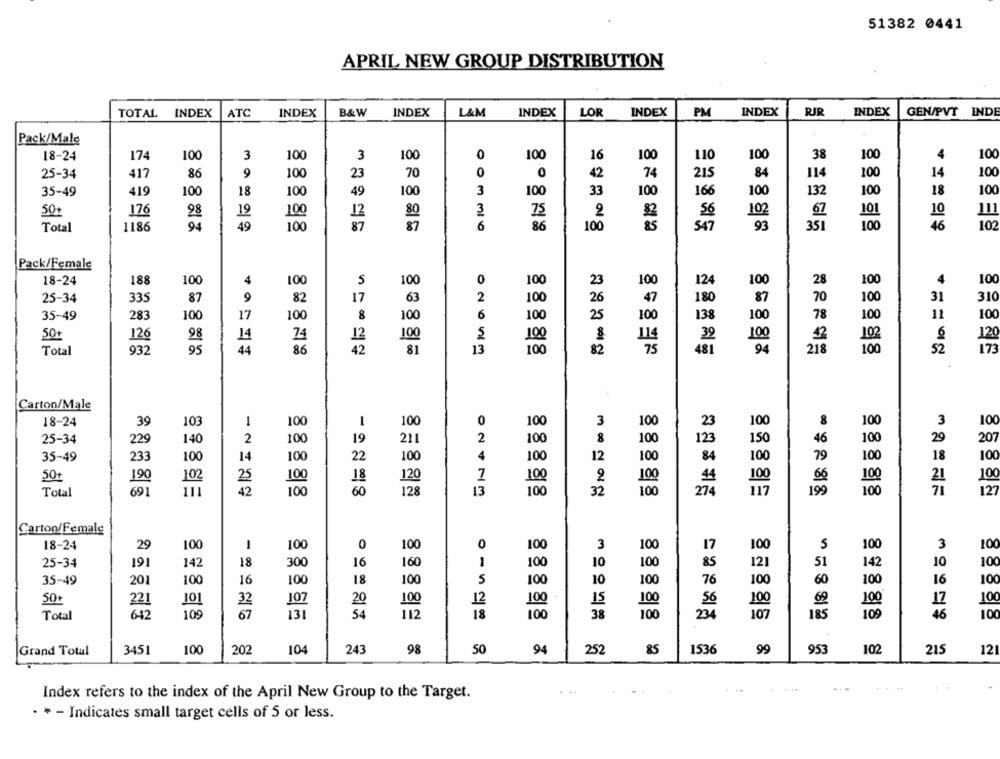
51382 0441
APRIL NEW GROUP DISTRIBUTION
TOTAL INDEX
ATC
INDEX
B&W
INDEX
L&M
INDEX
LOR
INDEX
PM
INDEX
RIR
INDEX
GEN/PVT INDE
Pack/Male
18-24
174
100
3
100
3
100
0
100
16
100
110
100
38
100
4
100
25-34
417
86
9
100
23
70
0
0
42
74
215
84
114
100
14
100
100
35-49
419
100
18
100
49
100
3
100
33
100
166
100
132
100
18
50+
176
98
19
100
3
75
2
102
67
101
10
111
12
56
Total
1186
94
49
100
6
86
100
85
547
93
351
100
46
102
Pack/Female
18-24
188
100
4
100
5
100
100
23
100
100
28
100
4
100
124
70
100
25-34
335
87
9
82
17
63
100
26
47
180
87
31
310
35-49
283
100
17
100
8
100
100
25
100
138
100
78
100
11
10
98
14
74
39
6
12
50t
126
12
100
100
100
102
Total
95
44
86
42
81
481
94
100
52
173
932
ONONIn
100
82
218
Carton/Male
18-24
39
103
1
100
1
100
0
100
3
10
23
10
8
100
3
100
25-34
140
2
100
19
211
2
100
8
100
123
15
46
100
29
229
84
79
100
18
100
35-49
233
100
14
100
22
100
100
12
100
100
50t
190
102
25
100
18
120
100
44
100
66
100
21
100
Total
691
111
42
100
60
128
13
100
32
100
274
199
71
12
ONTNO
Carton/Female
18-24
29
100
1
100
0
100
0
3
100
17
100
5
100
3
100
85
51
10
25-34
191
142
18
300
16
160
1
100
10
100
121
142
100
60
35-49
20
100
16
100
18
100
5
100
10
100
76
100
100
16
100
101
15
56
100
17
10
50t
221
32
107
20
100
12
100
100
100
69
Total
642
109
67
131
54
112
18
100
38
100
107
185
109
46
100
234
Grand Total
3451
100
202
104
243
98
50
94
252
85
1536
99
953
102
215
12
...
Index refers to the index of the April New Group to the Target.
· * - Indicates small target cells of 5 or less.